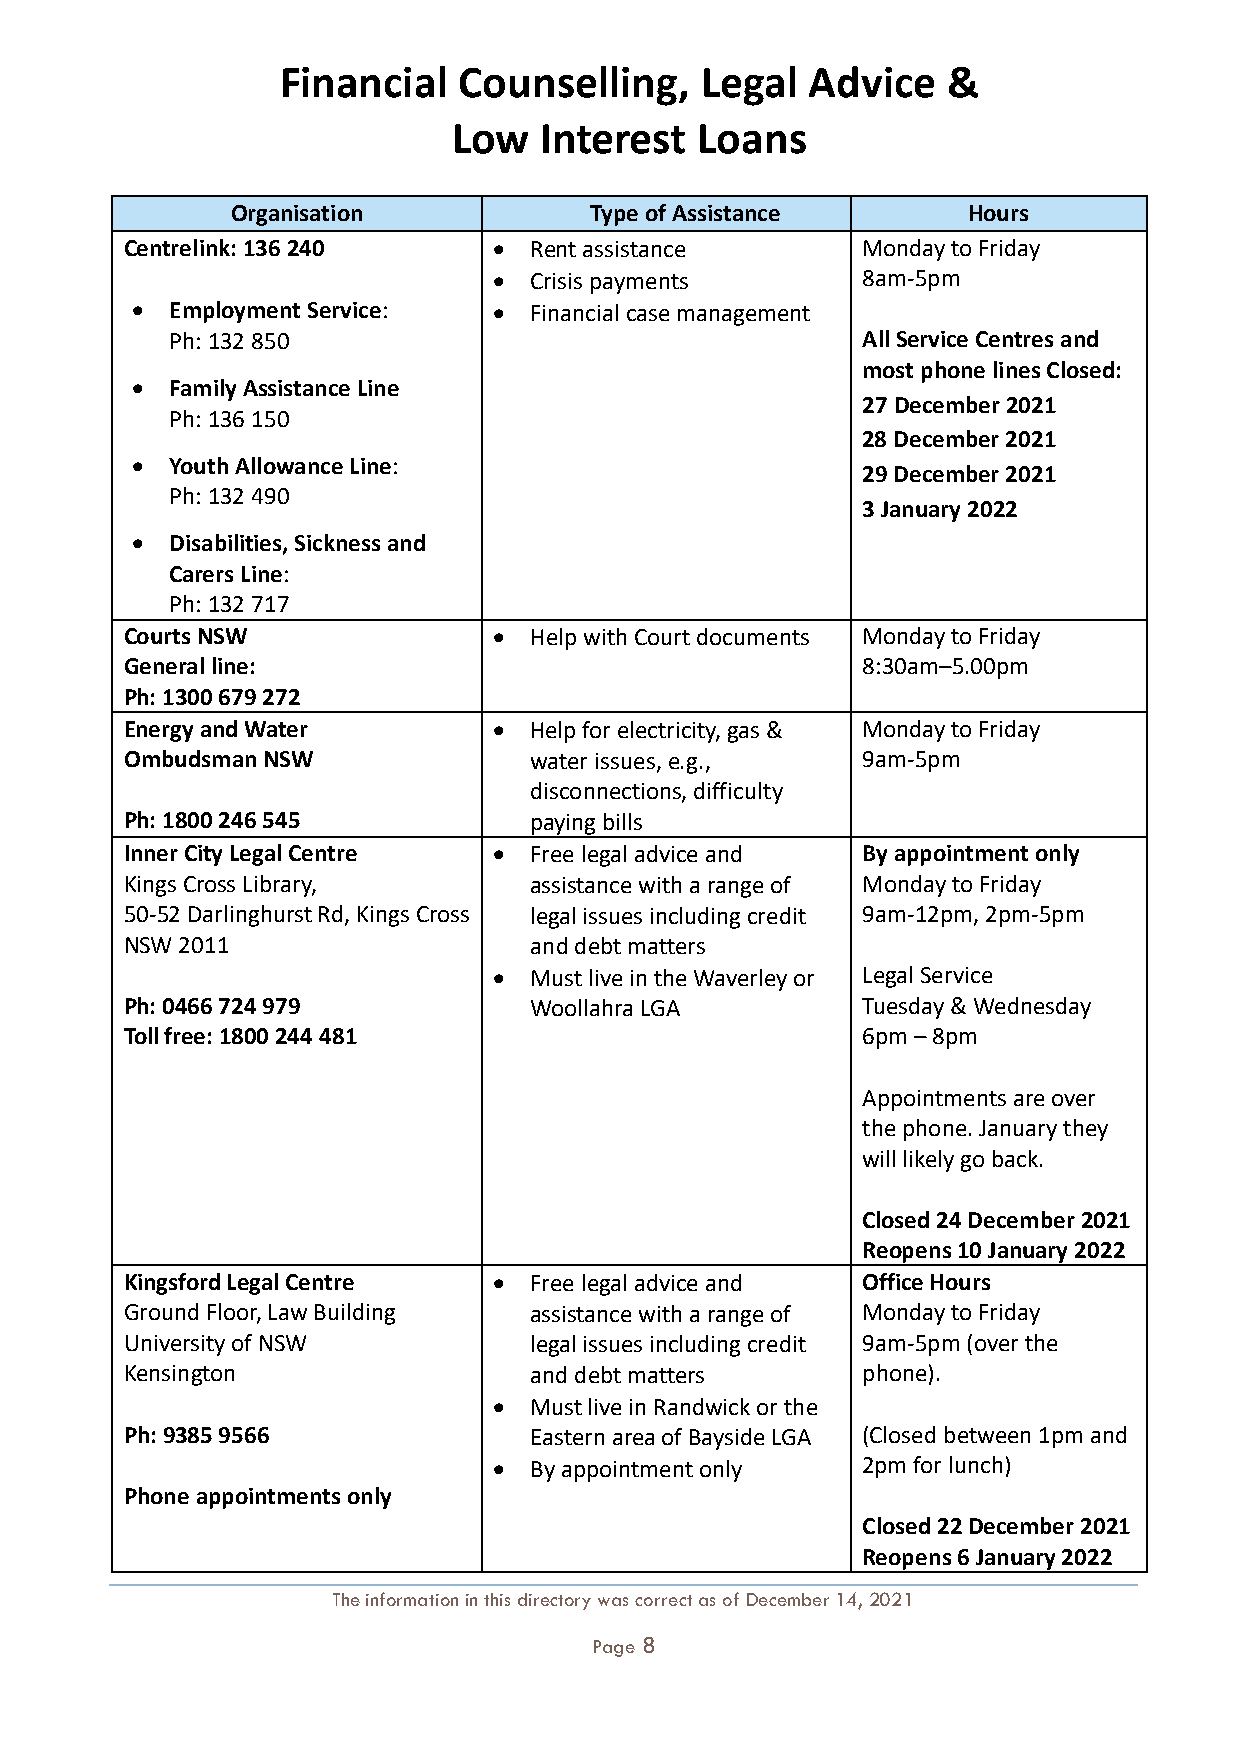
Financial  Counselling,    Legal   Advice   &
 Low   Interest  Loans
 Organisation            Type of Assistance       Hours
 Centrelink: 136 240      • Rent assistance       Monday to Friday
 • Crisis payments       8am-5pm
 • Employment Service:   • Financial case management
 Ph: 132 850                                   All Service Centres and
 most phone lines Closed:
 • Family Assistance Line
 27 December 2021
 Ph: 136 150
 28 December 2021
 • Youth Allowance Line:
 29 December 2021
 Ph: 132 490
 3 January 2022
 • Disabilities, Sickness and
 Carers Line:
 Ph: 132 717
 Courts NSW               • Help with Court documents Monday to Friday
 General line:                                    8:30am–5.00pm
 Ph: 1300 679 272
 Energy and Water         • Help for electricity, gas & Monday to Friday
 Ombudsman NSW              water issues, e.g.,   9am-5pm
 disconnections, difficulty
 Ph: 1800 246 545           paying bills
 Inner City Legal Centre  • Free legal advice and By appointment only
 Kings Cross Library,       assistance with a range of Monday to Friday
 50-52 Darlinghurst Rd, Kings Cross legal issues including credit 9am-12pm, 2pm-5pm
 NSW 2011                   and debt matters
 • Must live in the Waverley or Legal Service
 Ph: 0466 724 979           Woollahra LGA         Tuesday & Wednesday
 Toll free: 1800 244 481                          6pm – 8pm
 Appointments are over
 the phone. January they
 will likely go back.
 Closed 24 December 2021
 Reopens 10 January 2022
 Kingsford Legal Centre   • Free legal advice and Office Hours
 Ground Floor, Law Building assistance with a range of Monday to Friday
 University of NSW          legal issues including credit 9am-5pm (over the
 Kensington                 and debt matters      phone).
 • Must live in Randwick or the
 Ph: 9385 9566              Eastern area of Bayside LGA (Closed between 1pm and
 • By appointment only   2pm for lunch)
 Phone appointments only
 Closed 22 December 2021
 Reopens 6 January 2022
 The information in this directory was correct as of December 14, 2021
 Page 8